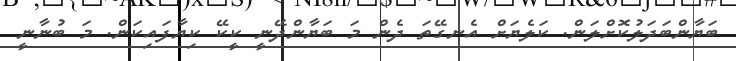
ބަޔާންބަދަލުކޮށްލަން. ކަލެޔަށް އެނގޭތަ ދެން މަ ބަޔާންދޭނީ ކީކޭ ކިޔާފައިކަން. މަ ބުނާނީ